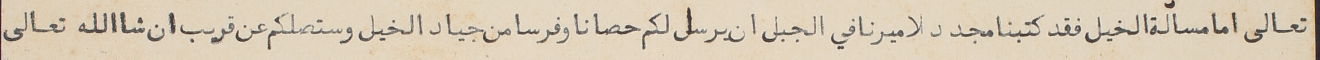
تعالى اما مسالة الخيل فقد كتبنا مجدد لاميرنا في الجبل ان يرسل لكم حصانا وفرسا من جياد الخيل وستصلكم عن قريب ان شاالله تعالى